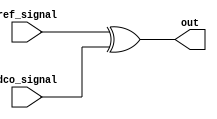
module XORDETECTOR(
   input ref_signal,
   input dco_signal,
   output out

);

   assign out = ref_signal ^ dco_signal;

endmodule